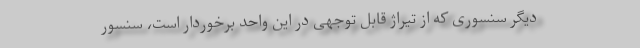
دیگر سنسوری که از تیراژ قابل توجهی در این واحد برخوردار است، سنسور